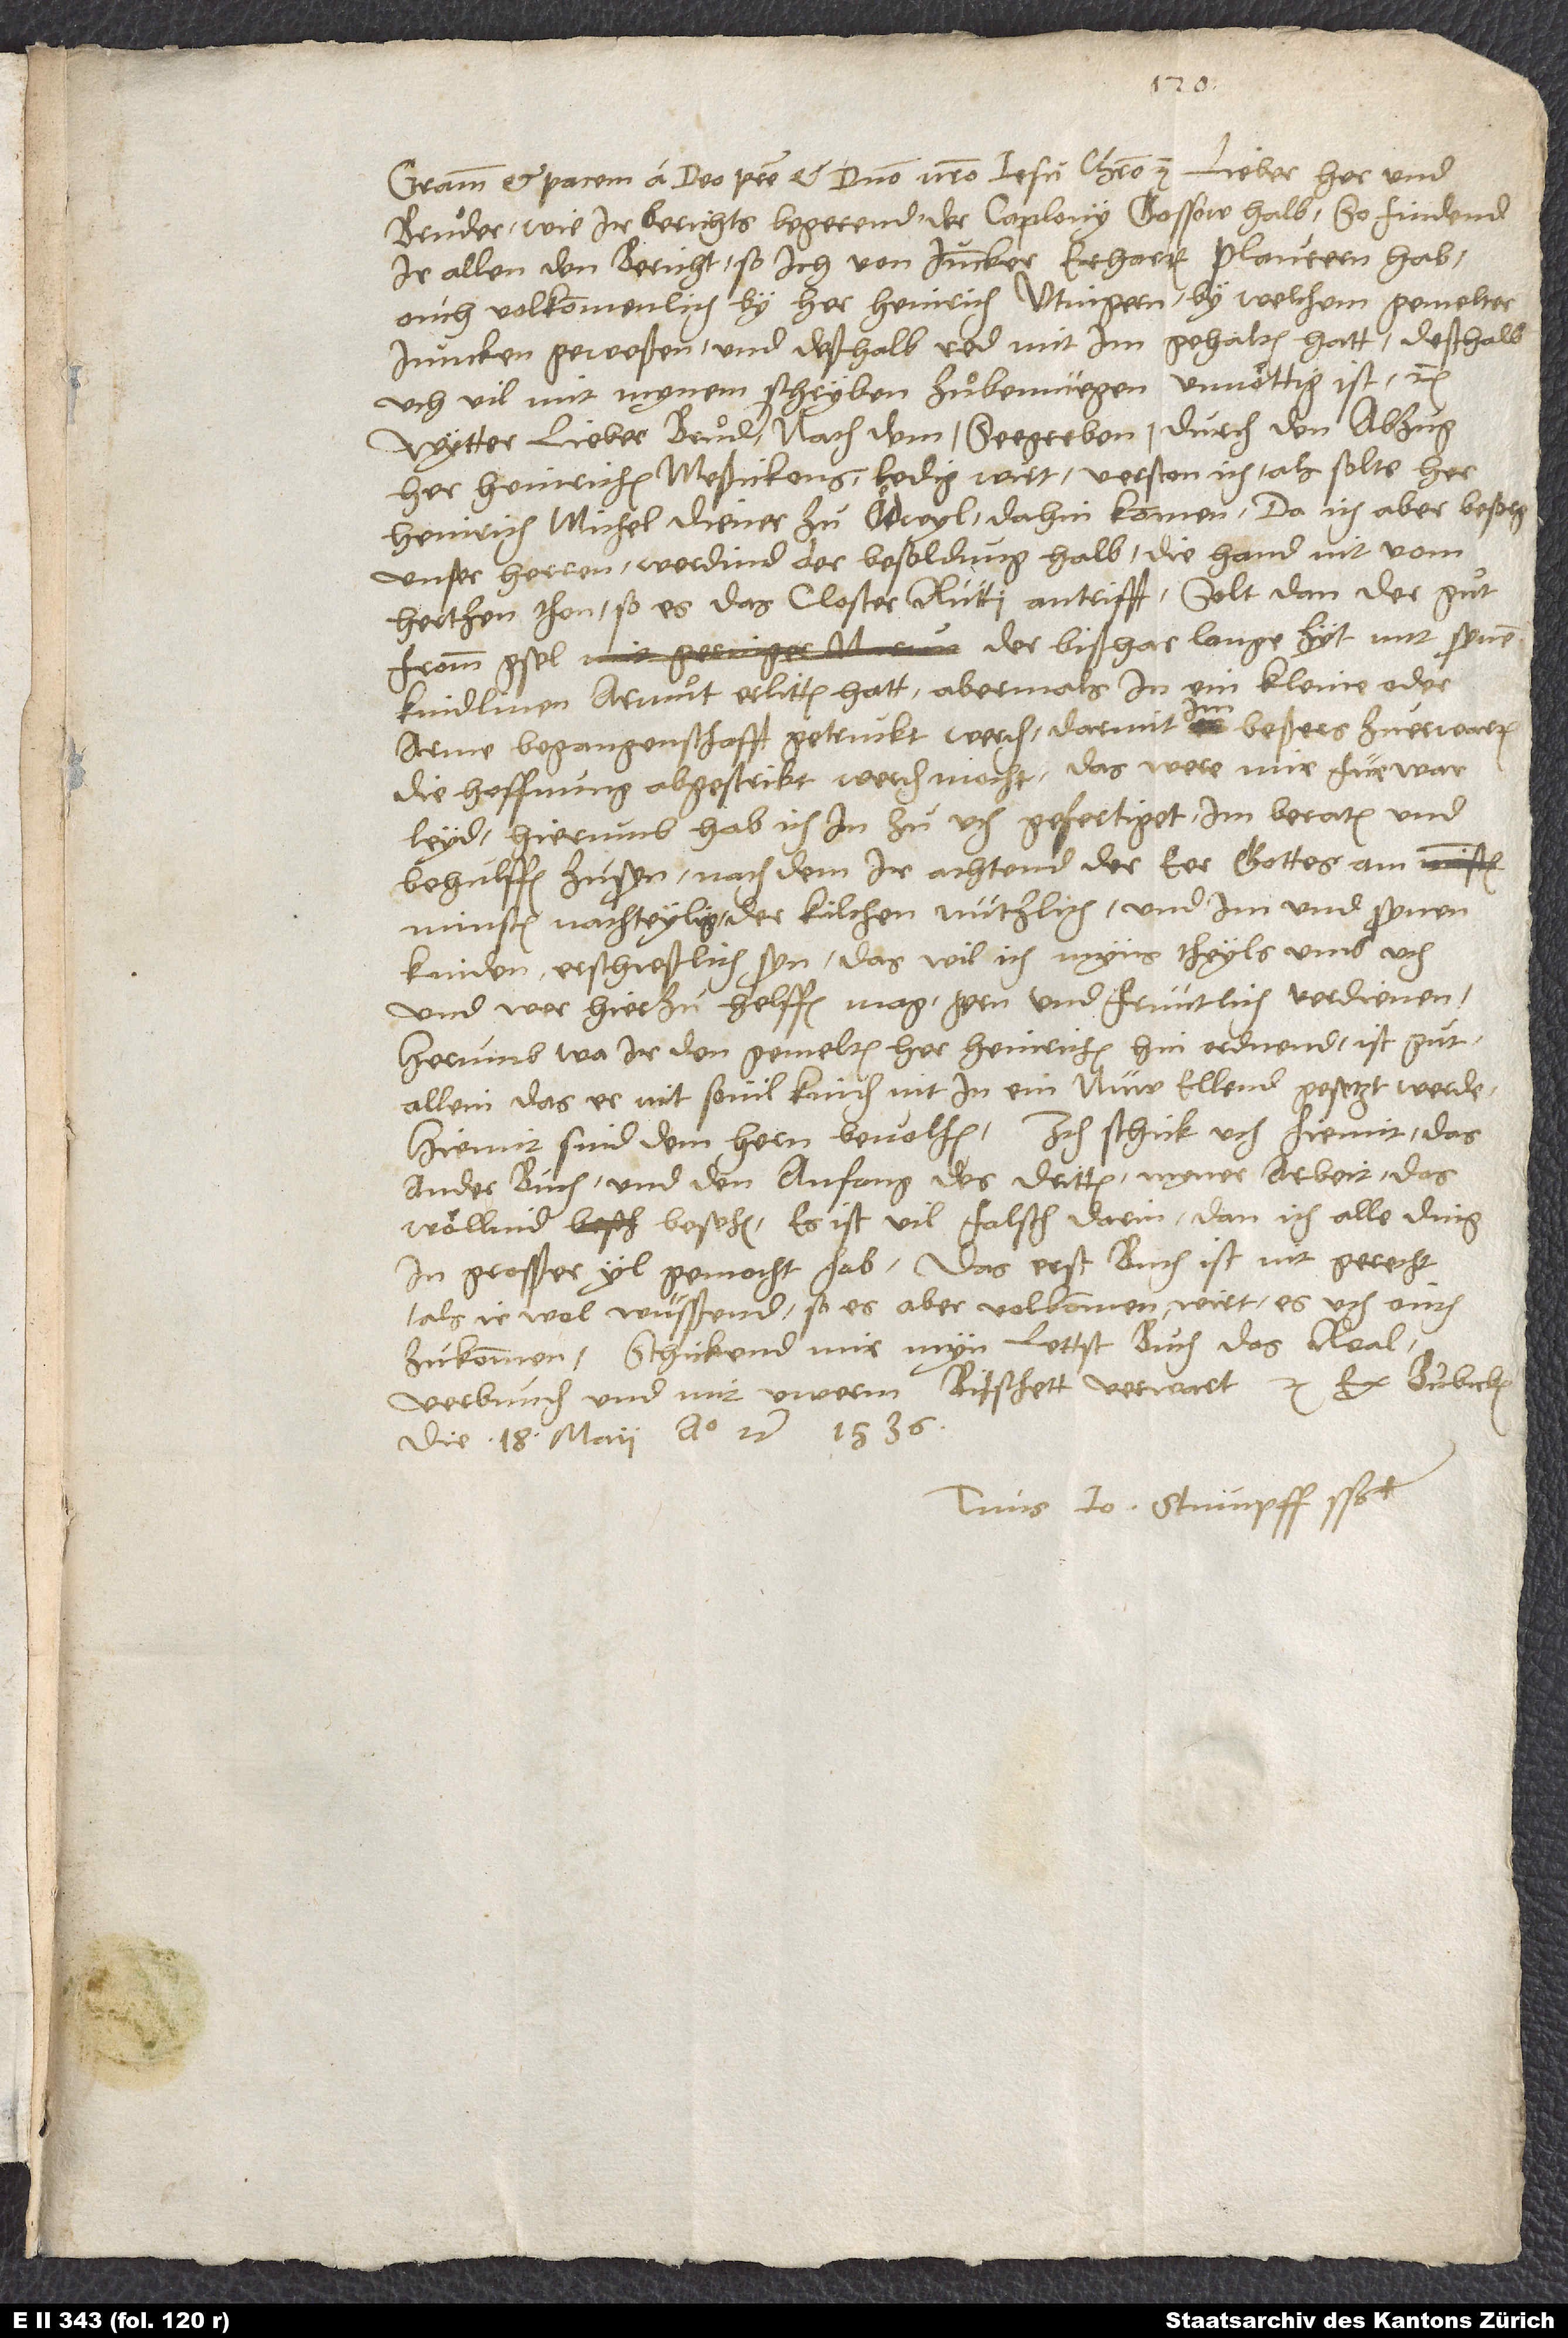
Gratiam et pacem a deo patre et domino nostro Iesu Christo etc. Lieber her und
bruͦder, wie ir berichts begerend der caplony Gossow halb, so findend
ir alien den bericht, so ich von juncker Erharten Plaurern hab,
ouch volkommenlich by her Heinrich Utingern, by welchem gemelter
juncker geweßen und deßhalb red mit im gehalten hatt; deßhalb
uch vil mit mynem schryben za bemüegen unnöttig ist etc.
Wytter, lieber bruͦder, nach dem Seegreben durch den abzug
her Heinrichen Meßickons ledig wirt, verston ich, als solte her
Heinrich Michel, diener zu Odwyl, dahin kommen. Da ich aber besorg,
unser herren werdind der besoldung halb die hand nit vom
hertzen thon, so es das closter Rütti antrifft. Solt dan der guͦt,
fromm gsel, der bißhar lange zyt mit synen
kindlinen armuͦt erlitten hatt, abermals in ein kleine oder
arme begangenschafft getruckt werden, darmit im bessers zuͦerwarten
die hoffnung abgestrikt werden mocht, das were mir fürwar
leyd. Hierumb hab ich in zu uch gefertiget, im beraten und
behulffen zusyn, nach dem ir achtend der eer gottes am
minsten nachteylig, der kilchen nützlich und im und synen
kinden erschießlich syn; das wit ich myns theyls umb üch,
und wer hierzu helffen mag, gern und früntlich verdienen.
Herumb, wo ir den gemelten her Heinrichen hin ordnend, ist gut,
allein, das er mit sovil kinden nit in ein nüw ellend gesetzt werde.
Hiemit sind dem hern bevolhen. Ich schick uch hiemit das
ander buch und den anfang des dritten myner arbeit; das
wöllend besehen. Es ist vil falsch darin, dann ich alle ding
in grosßer yl gemacht hab. Das erst buch ist nit gerecht,
als ir wol wüsßend; so es aber volkommen, wirt es uch ouch
zukommen. Schickend mir myn lettst buch, das real,
verbunden und mit uwerm bitschett verwart etc. Ex
die 18. maii anno etc. 1536.
Tuus Io. Stumpff